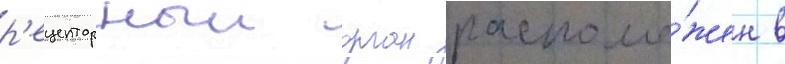
р'ецепторныи орган располо́жен в